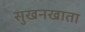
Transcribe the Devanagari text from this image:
सुखनखाता